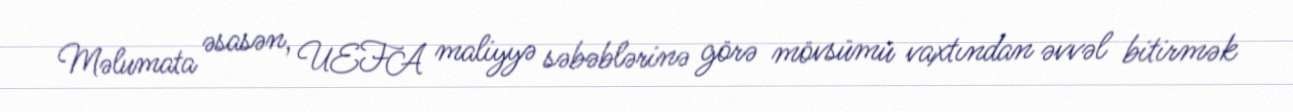
Məlumata əsasən, UEFA maliyyə səbəblərinə görə mövsümü vaxtından əvvəl bitirmək